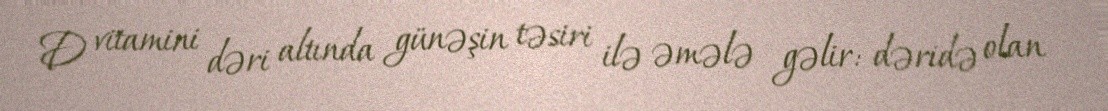
D vitamini dəri altında günəşin təsiri ilə əmələ gəlir: dəridə olan